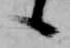
候